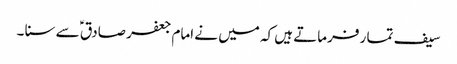
سیف تما ر فرماتے ہیں کہ میں نے امام جعفر صادق ؑ سے سنا ۔